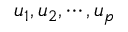
u _ { 1 } , u _ { 2 } , \cdots , u _ { p }